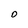
Character: O